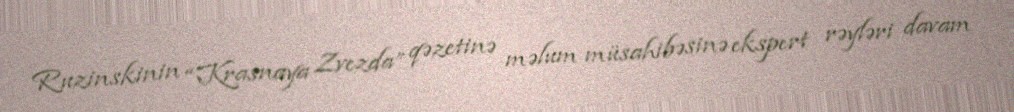
Ruzinskinin “Krasnaya Zvezda” qəzetinə məlum müsahibəsinə ekspert rəyləri davam